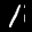
Label: 1